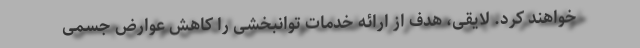
خواهند کرد. لایقی، هدف از ارائه خدمات توانبخشی را کاهش عوارض جسمی